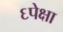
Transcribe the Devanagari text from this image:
६पेक्षा